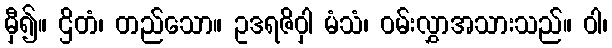
မှီ၍။ ဌိတံ၊ တည်သော။ ဥဒရဇိဝှါ မံသံ၊ ဝမ်းလွှာအသားသည်။ ဝါ၊